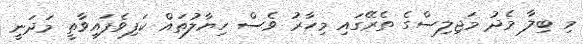
މި ބިލާ މެދު މަޖިލިސްގެ ތެރޭގައި މިހާރު ވެސް ހިޔާލުތައް ކަފިވެފައިވާތީ މަދަނީ